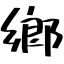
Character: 鄕